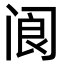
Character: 阆